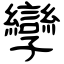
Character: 孿